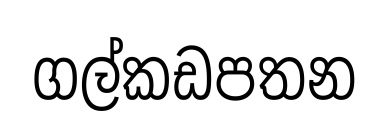
ගල්කඩපතන